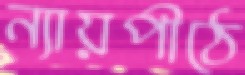
ন্যায়পীঠে